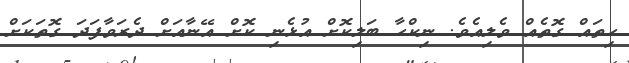
ހިތައް ގޮތެއް ވެލިއެވެ. ނިކްހާ ބަލިކޮށް އުޅެނި ކޮށް އޭނާއަށް ދެރަވާފަދަ ގޮތަކަށް